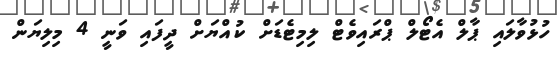
ހުޅުވާލައި ޕާލް އެޓޯލް ޕްރައިވެޓް ލިމިޓެޑަށް ކުއްޔަށް ދީފައި ވަނީ 4 މިލިޔަން